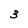
Character: 3